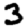
Digit: 3